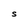
Character: S